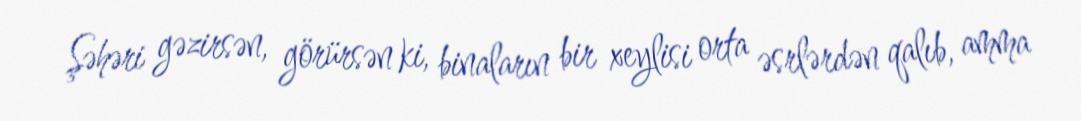
Şəhəri gəzirsən, görürsən ki, binaların bir xeylisi orta əsrlərdən qalıb, amma